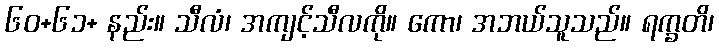
၆၀+၆၁+ နည်း။ သီလံ၊ အကျင့်သီလကို။ ကော၊ အဘယ်သူသည်။ ရက္ခတိ၊